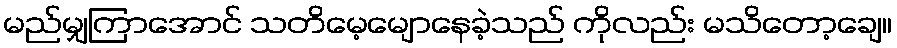
မည်မျှကြာအောင် သတိမေ့မျောနေခဲ့သည် ကိုလည်း မသိတော့ချေ။